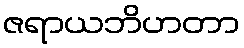
ဇရာယဘိဟတာ